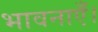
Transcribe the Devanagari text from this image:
भावनाएँ।